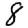
Digit: 8